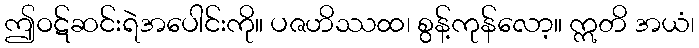
ဤဝဋ်ဆင်းရဲအပေါင်းကို။ ပဇဟိဿထ၊ စွန့်ကုန်လော့။ ဣတိ အယံ၊